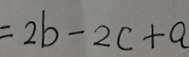
= 2 b - 2 c + a